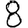
Digit: 8